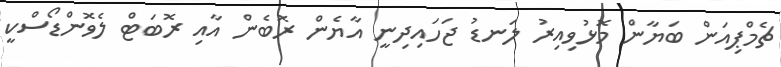
ޗެމްޕިއަން ބަޔާން މޮޅުވިއިރު ލަނޑު ޖަހައިދިނީ އާޔެން ރޮބެން އާއި ރޮބަޓް ލެވޮންޑޯސްކީ